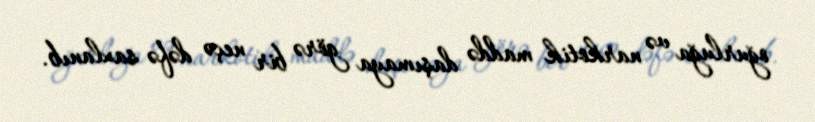
oğurluğa və narkotik maddə daşımaya görə bir neçə dəfə saxlanıb.